Civil Veterinary Dept. Bombay admin report 1907-1913 - 1907-1913
Year: 1907
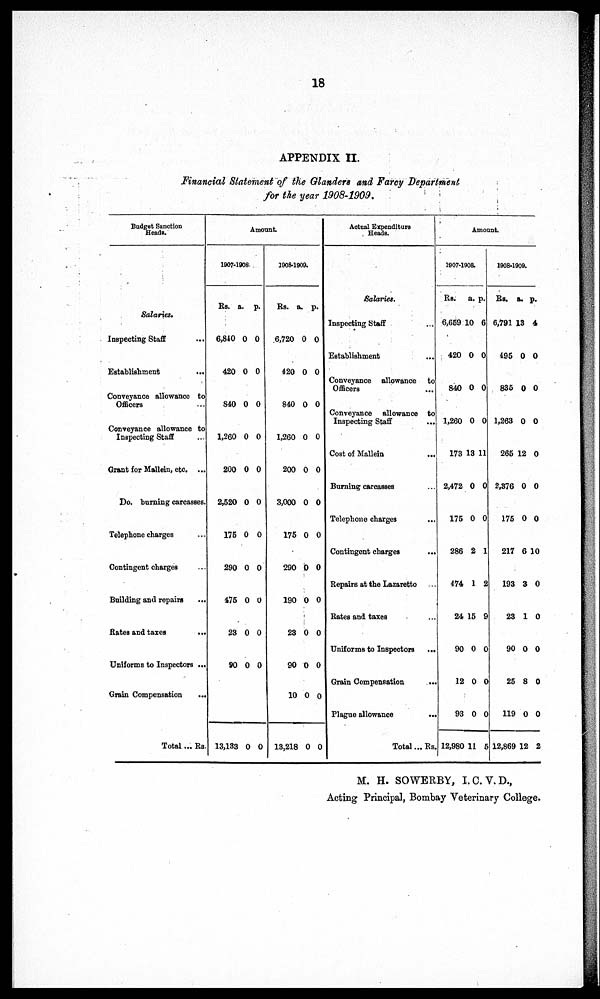
18
APPENDIX II.
Financial Statement of the Glanders and Farcy Department
for the year 1908-1909.
Budget Sanction
Heads.
Salaries.
Inspecting Staff ...
Establishment ...
Conveyance allowance to
Officers ...
Conveyance allowance to
Inspecting Staff ...
Grant for Mallein, etc. ...
Do. burning carcasses.
Telephone charges ...
Contingent charges ...
Building and repairs ...
Rates and taxes
...
Uniforms to Inspectors ...
Grain Compensation
...
Total ... Rs
Amount
1907-1908.
Rs.
6,840
420
840
1,260
200
2,520
175
290
475
23
90
a.
0
0
0
0
0
0
0
0
0
0
0
p.
0
0
0
0
0
0
0
0
0
0
0
13,133 0 0
1908-1909.
Rs.
6,720
420
840
1,260
200
3,000
175
290
190
23
90
10
13,218
a.
0
0
0
0
0
0
0
0
0
0
0
0
0
p.
0
0
0
0
0
0
0
0
0
0
0
0
0
Actual Expenditure
Heads.
Salaries.
Inspecting Staff ...
Establishment ...
Conveyance allowance to
Officers ...
Conveyance allowance to
Inspecting Staff
...
Cost of Mallein
...
Burning carcasses ...
Telephone charges
Contingent charges
...
Repairs at the Lazaretto
Rates and taxes ...
Uniforms to Inspectors
Grain Compensation
...
Plague allowance
Total ... Rs
Amount.
1907-1908.
Rs.
6,659 1
420
840
1,260
173
2,472
175
286
474
24
90
12
93
12,980
a.
0
0
0
0
13
0
0
2
1
15
0
0
0
11
p.
6
0
0
0
11
0
0
1
2
9
0
0
0
5
1908-1909.
Rs.
6,791
495
835
1,263
265
2,376
175
217
193
23
90
25
119
12,869
a.
13
0
0
0
12
0
0
6
3
1
0
8
0
12
p.
4
0
0
0
0
0
0
10
0
0
0
0
0
2
M. H. SOWERBY, I.C. V.D.,
Acting Principal, Bombay Veterinary College.